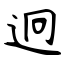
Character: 迥